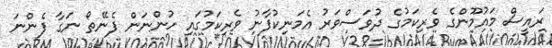
ރައީސް މައުމޫންގެ ވެރިކަމުގެ ދުވަސްވަރު އެމަނިކުފާނު ވެރިކަމުގައި ހުންނަން ފެނޭތޯ ނަގާ ފެންނަ